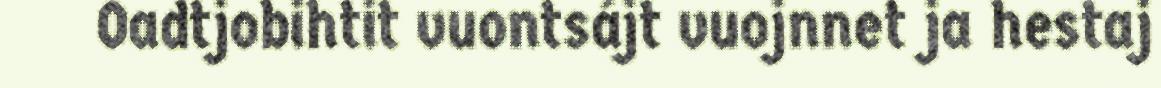
Oadtjobihtit vuontsájt vuojnnet ja hestaj